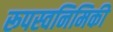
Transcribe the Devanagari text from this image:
रूपस्वनिमिकी